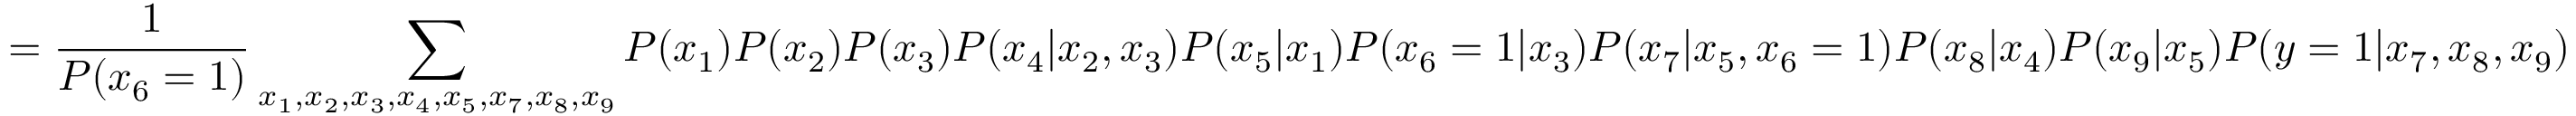
= \frac { 1 } { P ( x _ { 6 } = 1 ) } \sum _ { x _ { 1 } , x _ { 2 } , x _ { 3 } , x _ { 4 } , x _ { 5 } , x _ { 7 } , x _ { 8 } , x _ { 9 } } P ( x _ { 1 } ) P ( x _ { 2 } ) P ( x _ { 3 } ) P ( x _ { 4 } | x _ { 2 } , x _ { 3 } ) P ( x _ { 5 } | x _ { 1 } ) P ( x _ { 6 } = 1 | x _ { 3 } ) P ( x _ { 7 } | x _ { 5 } , x _ { 6 } = 1 ) P ( x _ { 8 } | x _ { 4 } ) P ( x _ { 9 } | x _ { 5 } ) P ( y = 1 | x _ { 7 } , x _ { 8 } , x _ { 9 } )